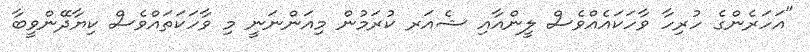
"އަހަރެންގެ ހުރިހާ ވާހަކައެއްވެސް ލީންއާއި ޝެއަރ ކުރަމުން މިއަންނަނީ މި ވާހަކަތައްވެސް ކިޔާދޭންވީބާ